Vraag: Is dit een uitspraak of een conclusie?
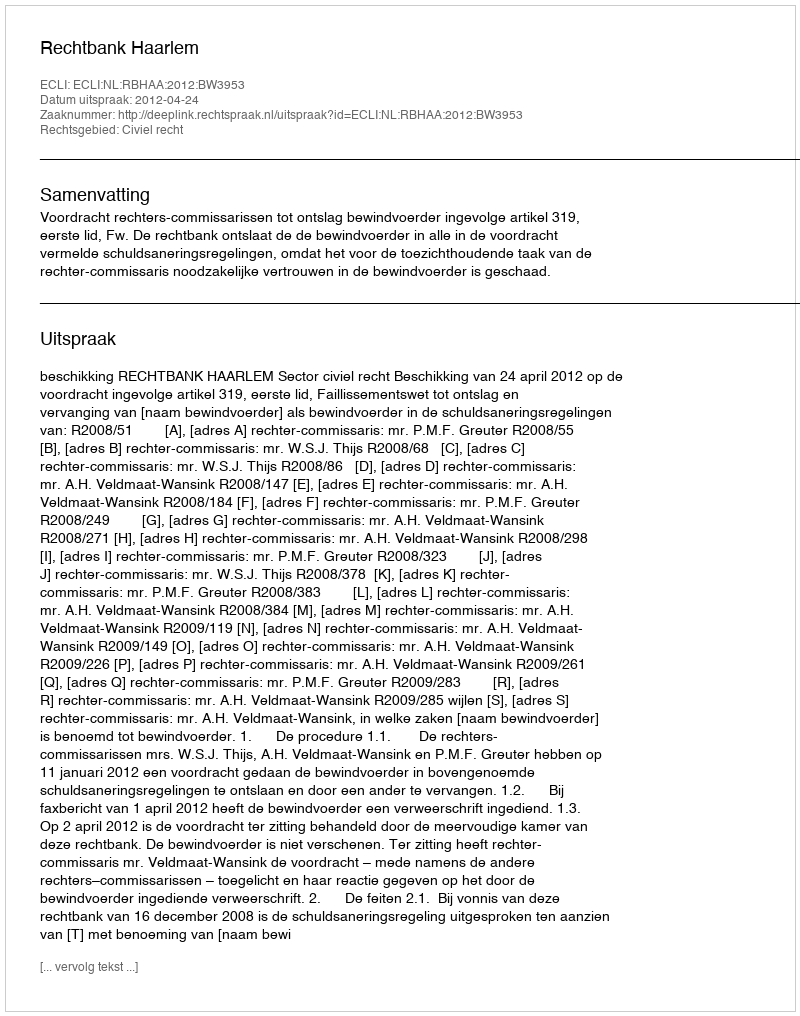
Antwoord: Uitspraak